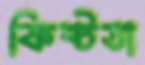
কিষ্টতা